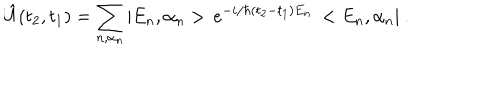
\hat { U } ( t _ { 2 } , t _ { 1 } ) = \sum _ { n , \alpha _ { n } } | E _ { n } , \alpha _ { n } > \, e ^ { - i / \hbar ( t _ { 2 } - t _ { 1 } ) E _ { n } } \, < E _ { n } , \alpha _ { n } | \ .